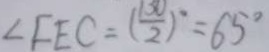
\angle F E C = ( \frac { 1 3 0 } { 2 } ) ^ { \circ } = 6 5 ^ { \circ }